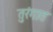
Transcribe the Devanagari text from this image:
तुरंगात